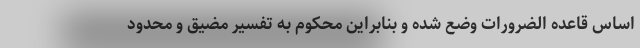
اساس قاعده الضرورات وضع شده و بنابراین محکوم به تفسیر مضیق و محدود